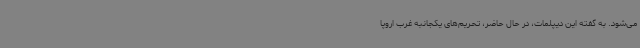
می‌شود. به گفته این دیپلمات، در حال حاضر، تحریم‌های یکجانبه غرب اروپا